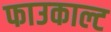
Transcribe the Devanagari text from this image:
फाउकाल्ट